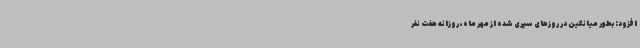
افزود: بطور میانگین در روزهای سپری شده از مهر ماه، روزانه هفت نفر